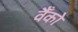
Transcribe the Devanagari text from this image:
वैँको